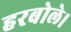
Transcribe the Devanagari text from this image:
हरबोले।